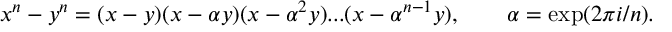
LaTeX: x ^ { n } - y ^ { n } = ( x - y ) ( x - \alpha y ) ( x - \alpha ^ { 2 } y ) . . . ( x - \alpha ^ { n - 1 } y ) , \qquad \alpha = \exp ( 2 \pi i / n ) .